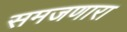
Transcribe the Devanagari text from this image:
समजणारा